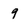
Character: 9